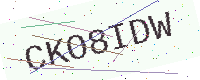
Text: CKO8IDW